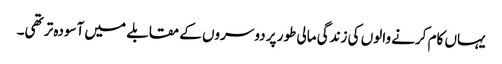
یہاں کام کرنے والوں کی زندگی مالی طور پر دوسروں کے مقابلے میں آسودہ تر تھی۔